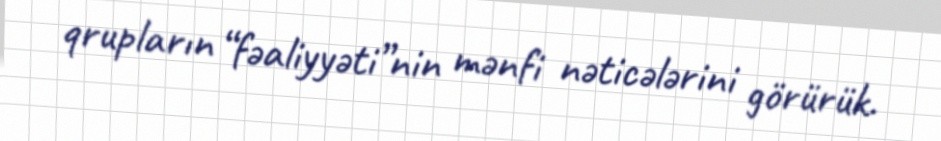
qrupların “fəaliyyəti”nin mənfi nəticələrini görürük.